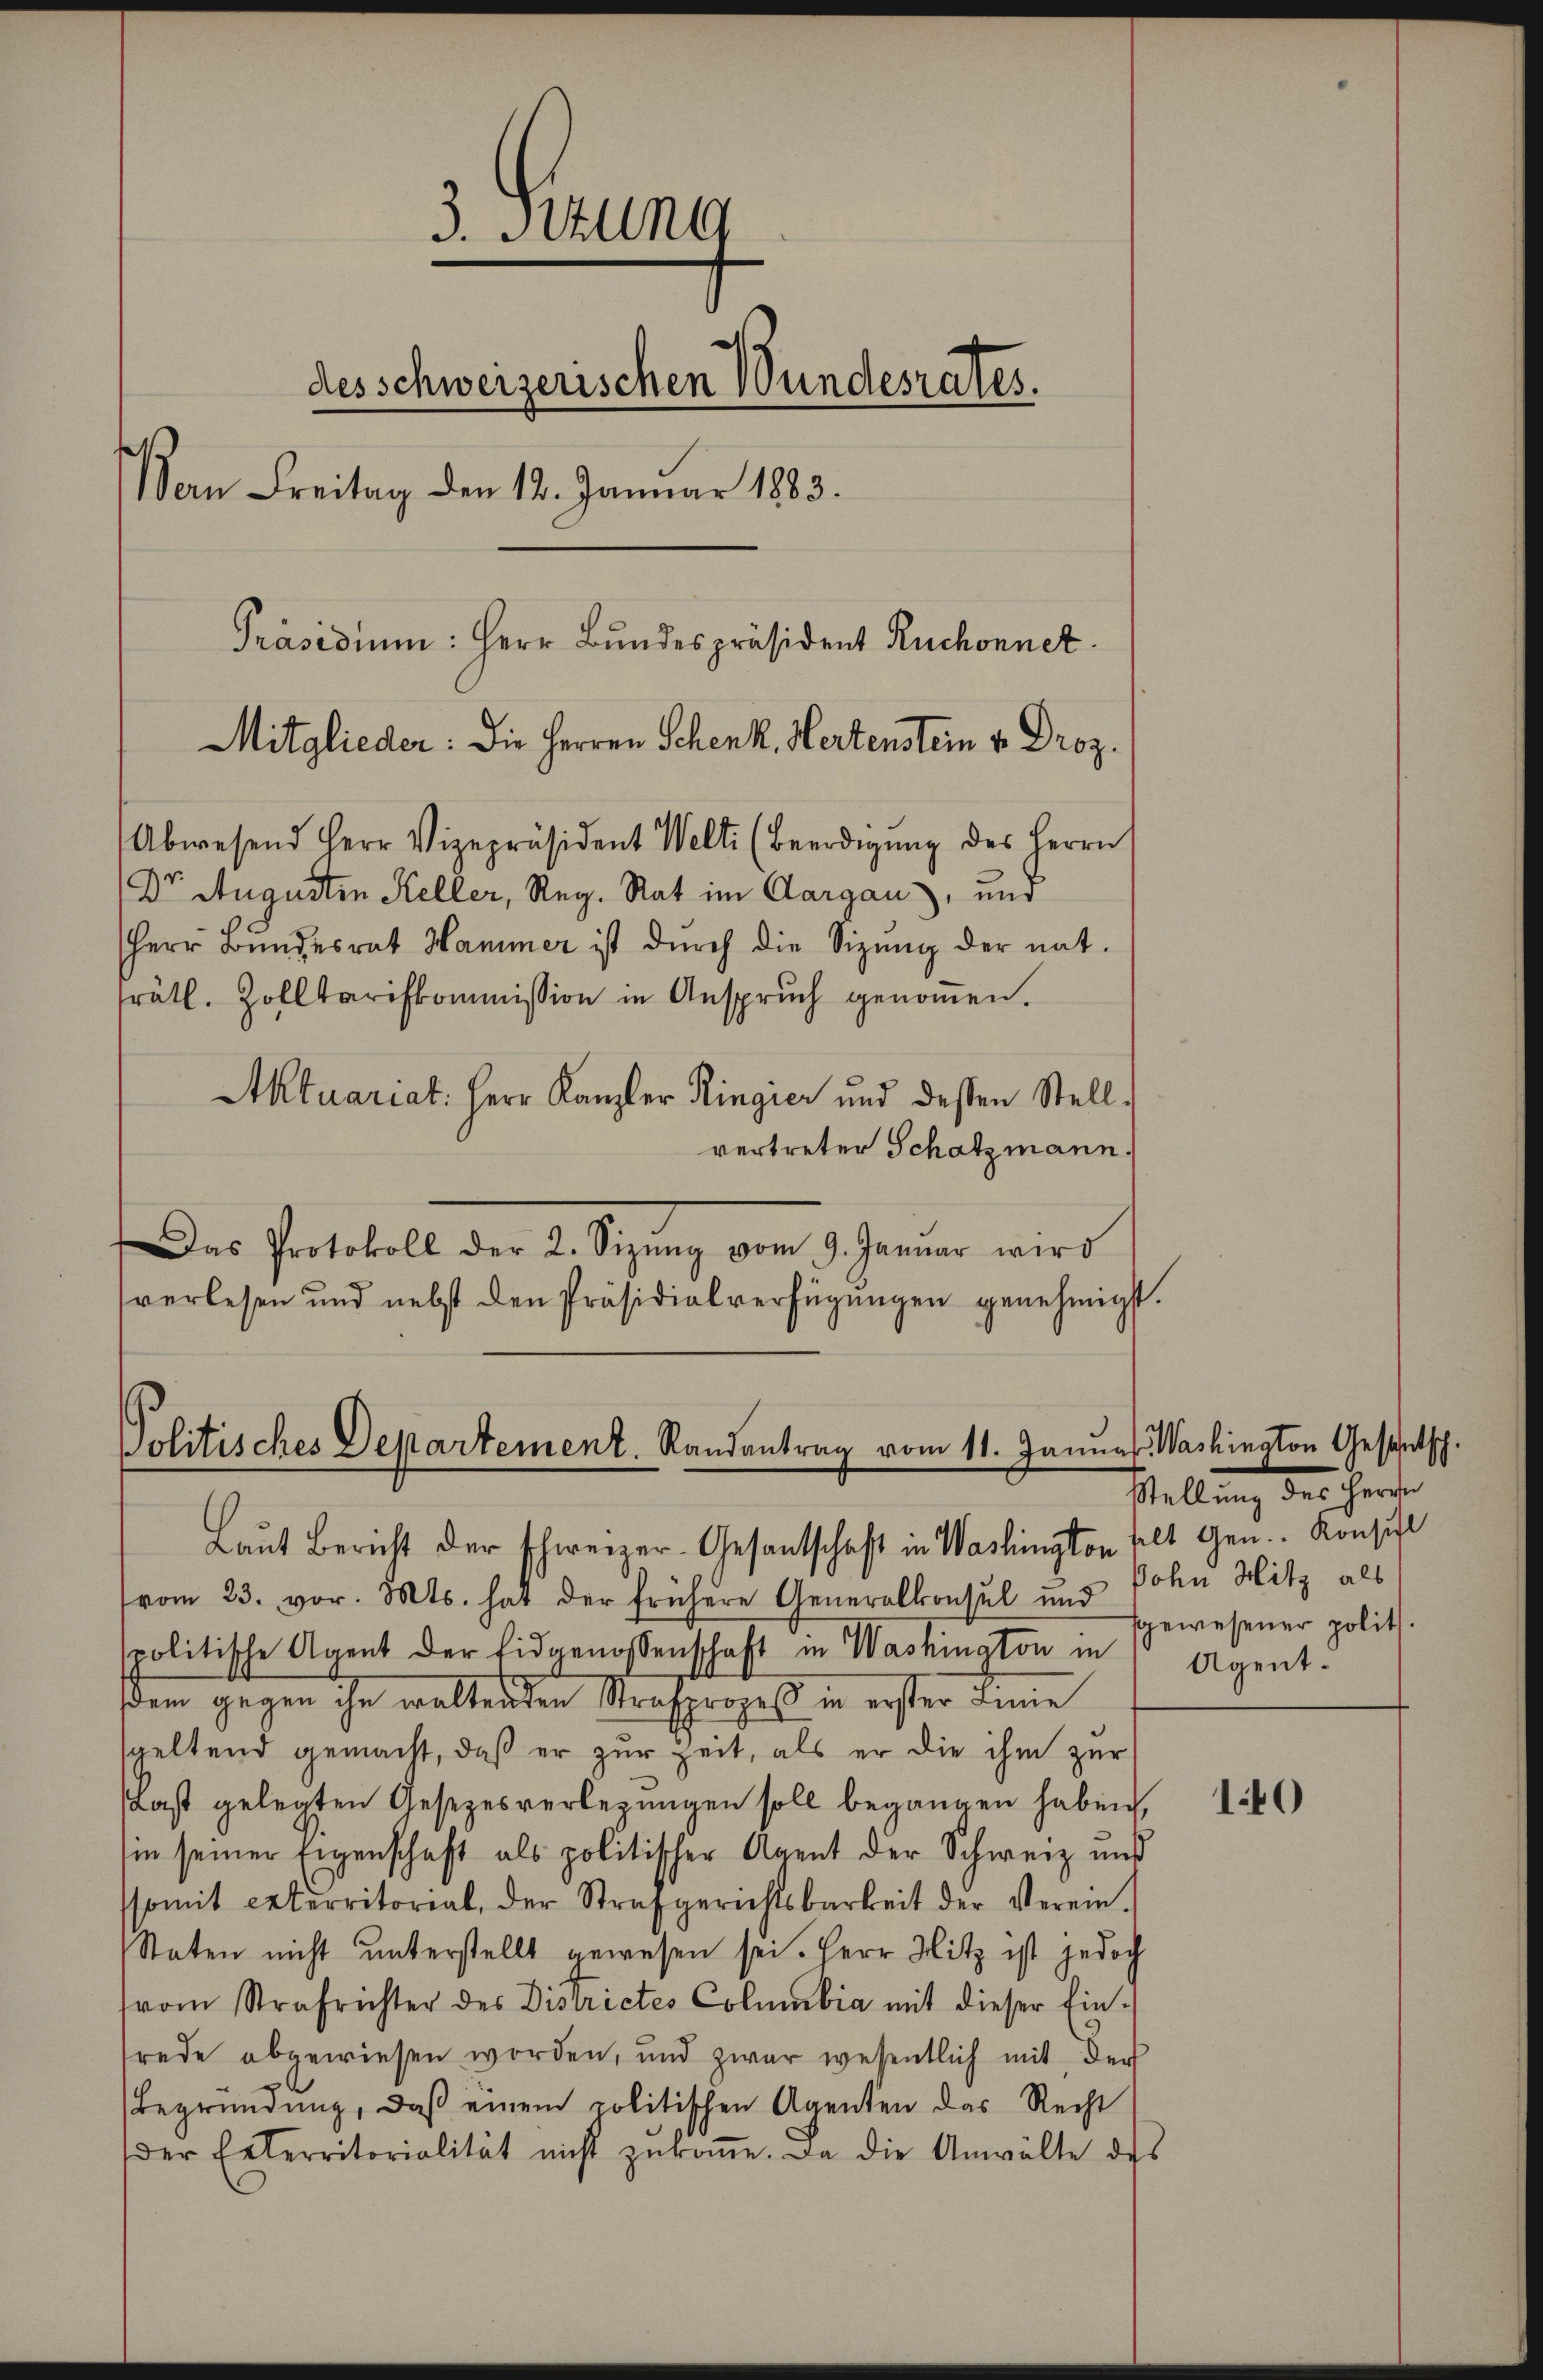
3. Stund
des schweizerischen Wundesrates.
Von Freitag den 12. Januar 1883.
Präsidium: Herr Bundespräsident Ruchonnet
Mitglieder: Die Herren Schenk. Hertenstein u. Droz.

Abwesend Herr Vizepräsident Welti (Beerdigŭng des Herrn
Dr. Augustin Keller, Reg. Rat im Aargau, und
Herr Bundesrat Hammer ist durch die Sitzŭng der nat
frätl. Zolltariskommission in Ansprŭch genoṁen.
Aktuariat: Herr Kanzler Ringier und dessen Stellvertreter Schatzmann.
Das Protokoll der 2. Sizŭng vom 9. Janŭar wird
verlesen und nebst den Präsidialverfügŭngen genehmigt.

vom 23. vor. Mts. hat der frühere Generalkonsul und Sohn Hitz als
spolitische Agent der Eidgenossenschaft in Washington in
dem gegen ihn waltenden Strafprozeß in erster Linie
speltend gemacht, daß er zur Zeit, als er die ihm zur
sast gelegten Gesezesverlegungen soll begangen haben,
sin seiner Eigenschaft als politischer Agent der Schweiz und
ssomit ceterritorial, der Strafgerichtsbarkeit der Verein-
Staten nicht unterstellt gewesen sei. Herr Hitz ist jedoch
tvom Strafrichter des Districtes Columbia mit dieser Einfrede abgewiesen worden, und zwar wesentlich mit der
Begründŭng, daβ einem politischen Agenten das Recht
der Enterritorialität nicht zŭkoṁe. Da die Anwälte des

Politisches Departement. Randantrag vom 11. Januar. Washington Gesentsch.
Laut Bericht der schweizer-Gesantschaft in Washington selt gen. Konsist

stellung des Herren
fgewesener polit.
Agent.

140